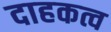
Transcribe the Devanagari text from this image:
दाहकत्व